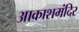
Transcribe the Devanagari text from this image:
आकाशमंदिर